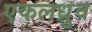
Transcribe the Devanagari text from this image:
एकलध्रुव